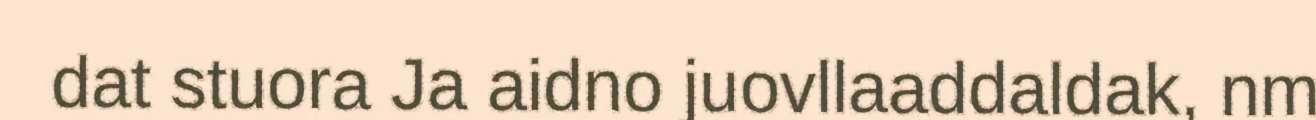
dat stuora Ja aidno juovllaaddaldak, nm